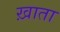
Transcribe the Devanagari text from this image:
ख़ाता